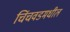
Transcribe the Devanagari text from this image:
चिंचवडमधील